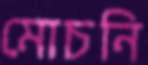
মোচনি